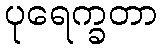
ပုရေက္ခတာ